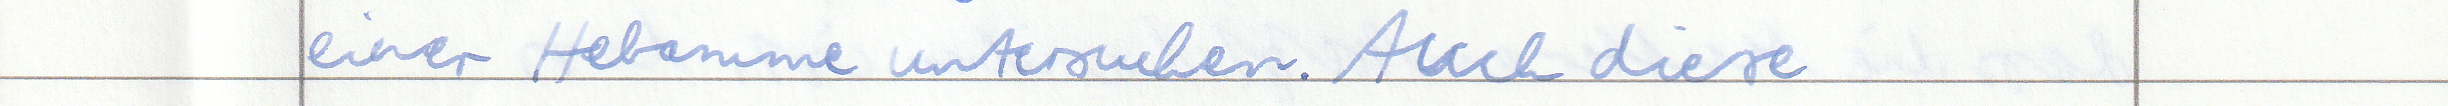
einer Hebamme untersuchen. Auch diese